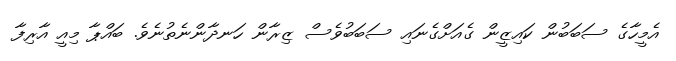
އެމީހާގެ ސަބަބުން ކައިޒީން ގެއަށްގެނައި ސަބަބުވެސް ޒިރާން ހަނދާންނެތުނެވެ. ބައްޕާ މިއީ އާރިފާ